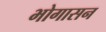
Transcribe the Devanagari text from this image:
भोगासन